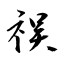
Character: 祦